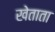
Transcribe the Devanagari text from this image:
खेताता